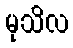
မုသိလ